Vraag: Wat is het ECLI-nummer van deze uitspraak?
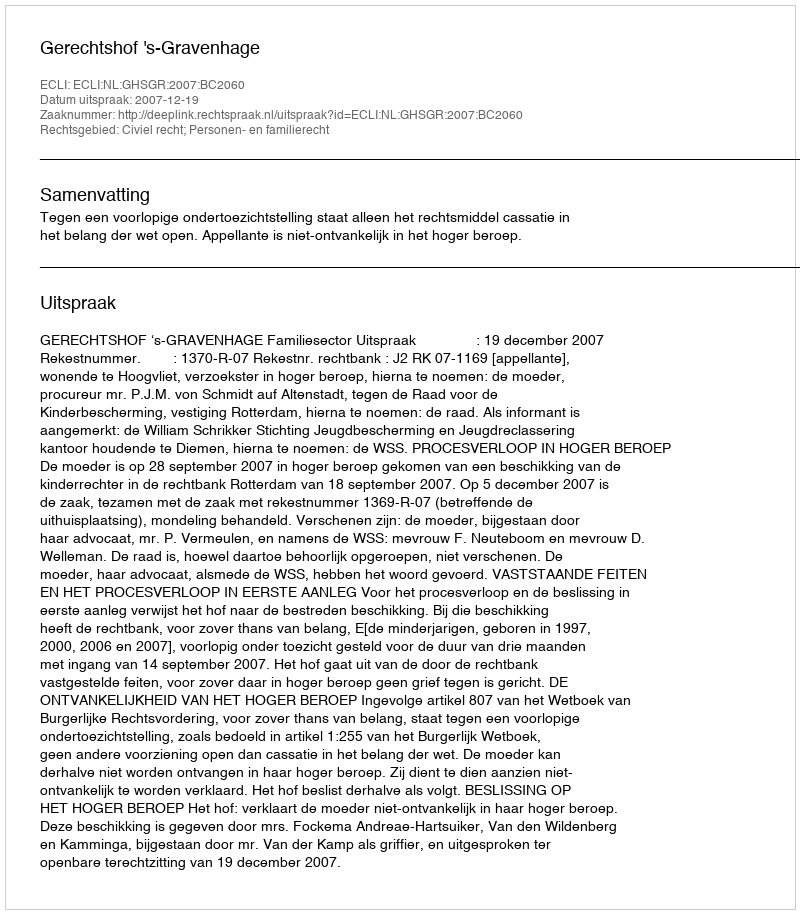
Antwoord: ECLI:NL:GHSGR:2007:BC2060